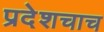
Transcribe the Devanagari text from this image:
प्रदेशचाच